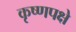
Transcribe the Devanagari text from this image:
कृष्णपक्षे